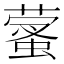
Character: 𦻩